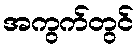
အကွက်တွင်